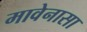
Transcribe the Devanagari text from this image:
मावेनासा